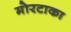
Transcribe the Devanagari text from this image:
मोरटाका